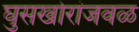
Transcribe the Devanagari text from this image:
घुसखोरांजवळ